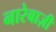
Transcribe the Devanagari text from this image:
नारेबाज़ी